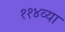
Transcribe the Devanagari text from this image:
११४व्या